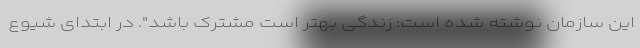
این سازمان نوشته شده است: زندگی بهتر است مشترک باشد". در ابتدای شیوع